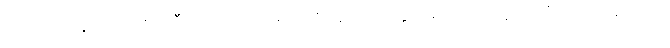
ဖဿကို။ ဖဿောဟောတီတိ၊ ဖဿော ဟောတိဟူ၍။ ဝုတ္တော၊ ဟောတော်မူအပ်ပြီ။ သော ဖဿော၊